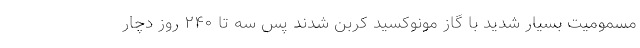
مسمومیت بسیار شدید با گاز مونوکسید کربن شدند پس سه تا ٢۴٠ روز دچار